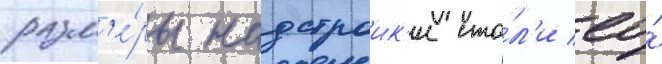
разм'е́ры надстроик'и ста́л'и ео́